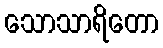
သောသာရိတော